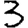
Digit: 3